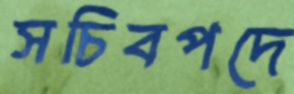
সচিবপদে